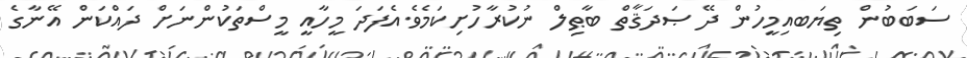
ސަބަބުން ތިޔަބއިމީހުން ދޭ ޞަދަޤާތް ބާޠިލް ނުކުރާހުށިކަމެވެ.އެފަދަ މީހާއީ މީސްތަކުންނަށް ދައްކަން އޭނާގެ